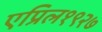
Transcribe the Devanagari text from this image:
एप्रिल१९२७